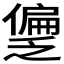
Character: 𫣱